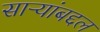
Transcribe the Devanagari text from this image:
साऱ्यांबद्दल